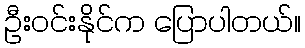
ဦးဝင်းနိုင်က ပြောပါတယ်။